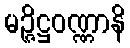
မဉ္ဇိဋ္ဌဝဏ္ဏာနိ